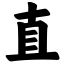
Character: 直